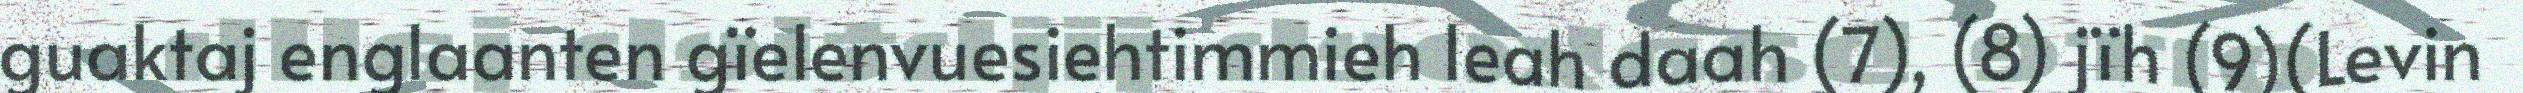
guaktaj englaanten gïelenvuesiehtimmieh leah daah (7), (8) jïh (9)(Levin